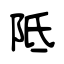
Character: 阺